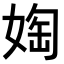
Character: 𫱀